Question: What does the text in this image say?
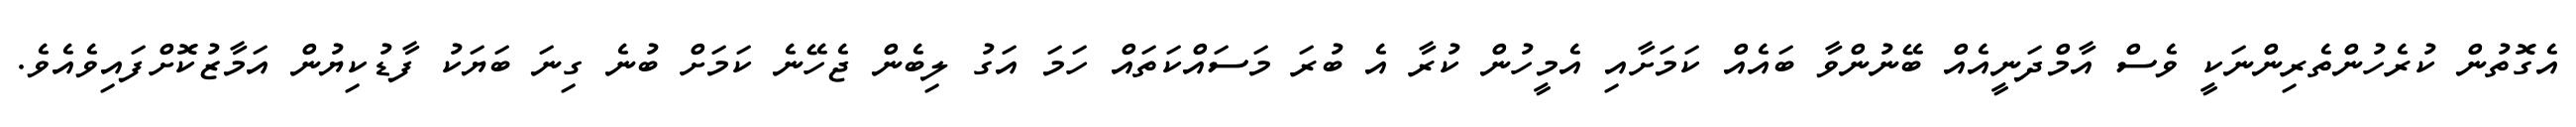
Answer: އެގޮތުން ކުރެހުންތެރިންނަކީ ވެސް އާމްދަނީއެއް ބޭނުންވާ ބައެއް ކަމަށާއި އެމީހުން ކުރާ އެ ބުރަ މަސައްކަތައް ހަމަ އަގު ލިބެން ޖެހޭނެ ކަމަށް ބުނެ ގިނަ ބަޔަކު ފާޑުކިޔުން އަމާޒުކޮށްފައިވެއެވެ.